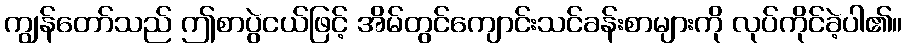
ကျွန်တော်သည် ဤစာပွဲငယ်ဖြင့် အိမ်တွင်ကျောင်းသင်ခန်းစာများကို လုပ်ကိုင်ခဲ့ပါ၏။